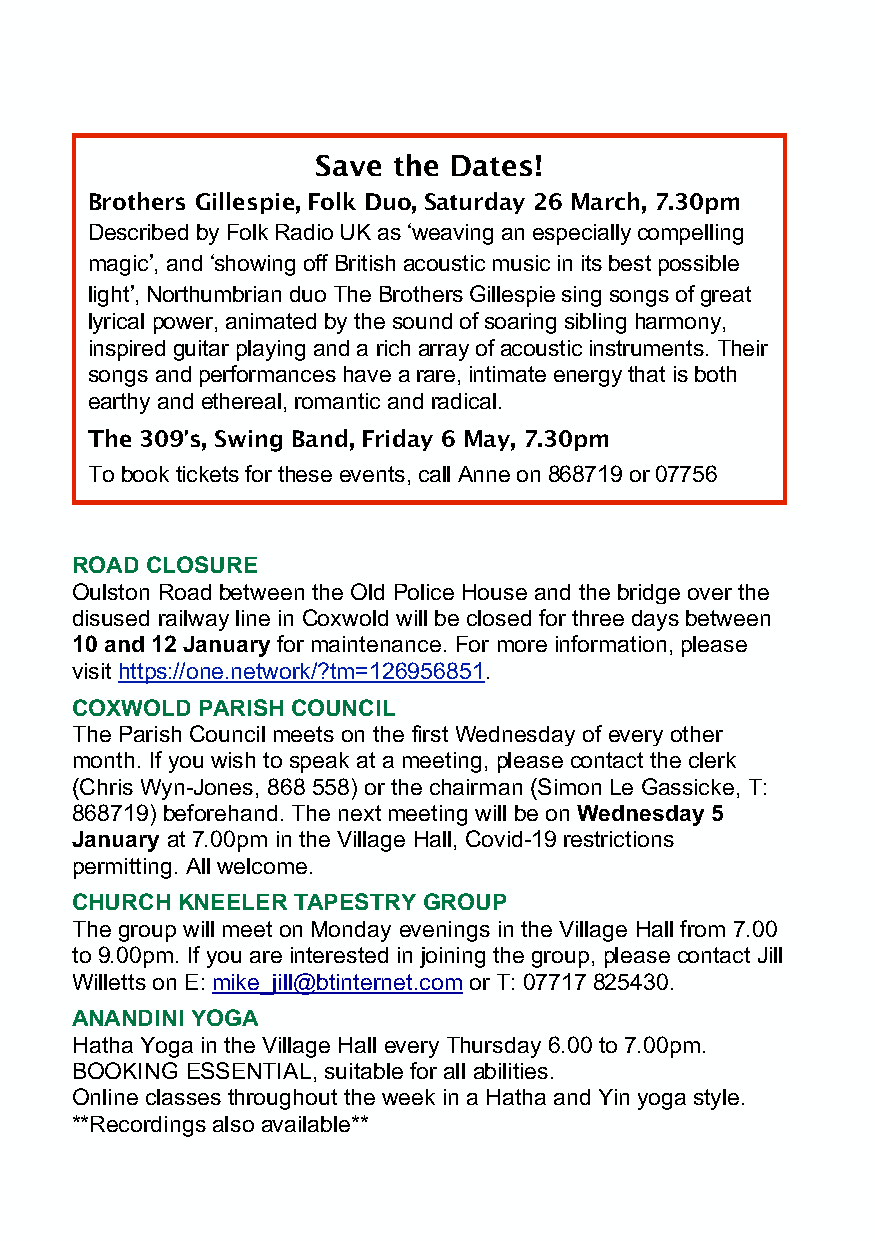
Save the Dates!
 Brothers Gillespie, Folk Duo, Saturday 26 March, 7.30pm
 Described by Folk Radio UK as "weaving an especially compelling
 magic!, and "showing off British acoustic music in its best possible
 light!, Northumbrian duo The Brothers Gillespie sing songs of great
 lyrical power, animated by the sound of soaring sibling harmony,
 inspired guitar playing and a rich array of acoustic instruments. Their
 songs and performances have a rare, intimate energy that is both
 earthy and ethereal, romantic and radical.
 The 309!s, Swing Band, Friday 6 May, 7.30pm
 To book tickets for these events, call Anne on 868719 or 07756
 027877. Adults: £10, Concessions: £5.
 ROAD CLOSURE
 Oulston Road between the Old Police House and the bridge over the
 disused railway line in Coxwold will be closed for three days between
 10 and 12 January for maintenance. For more information, please
 visit https://one.network/?tm=126956851.
 COXWOLD PARISH COUNCIL
 The Parish Council meets on the first Wednesday of every other
 month. If you wish to speak at a meeting, please contact the clerk
 (Chris Wyn-Jones, 868 558) or the chairman (Simon Le Gassicke, T:
 868719) beforehand. The next meeting will be on Wednesday 5
 January at 7.00pm in the Village Hall, Covid-19 restrictions
 permitting. All welcome.
 CHURCH KNEELER TAPESTRY GROUP
 The group will meet on Monday evenings in the Village Hall from 7.00
 to 9.00pm. If you are interested in joining the group, please contact Jill
 Willetts on E: mike_jill@btinternet.com or T: 07717 825430.
 ANANDINI YOGA
 Hatha Yoga in the Village Hall every Thursday 6.00 to 7.00pm.
 BOOKING ESSENTIAL, suitable for all abilities.
 Online classes throughout the week in a Hatha and Yin yoga style.
 **Recordings also available**